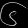
Digit: ၆